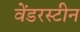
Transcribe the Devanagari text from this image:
वेंडरस्टीन